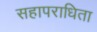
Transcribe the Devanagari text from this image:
सहापराधिता